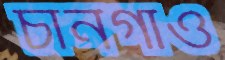
চানগাঁও